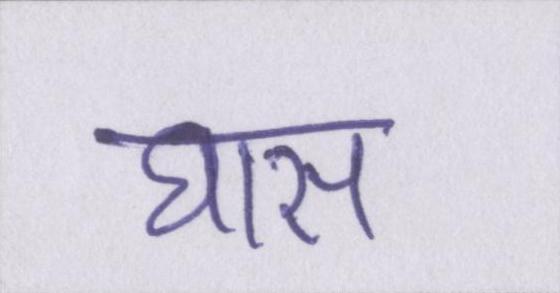
घास